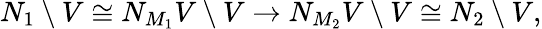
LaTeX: N_{1}\setminus V\cong N_{M_{1}}V\setminus V\to N_{M_{2}}V\setminus V\cong N_{2}\setminus V,